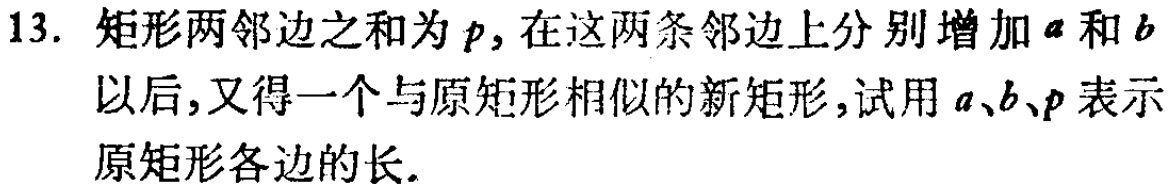
13. 矩形两邻边之和为\(p\)，在这两条邻边上分别增加\(a\)和\(b\)以后，又得一个与原矩形相似的新矩形，试用\(a\)、\(b\)、\(p\)表示原矩形各边的长.